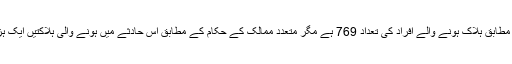
سعودی حکام کے مطابق ہلاک ہونے والے افراد کی تعداد 769 ہے مگر متعدد ممالک کے حکام کے مطابق اس حادثے میں ہونے والی ہلاکتیں ایک ہزار سے زیادہ ہیں۔